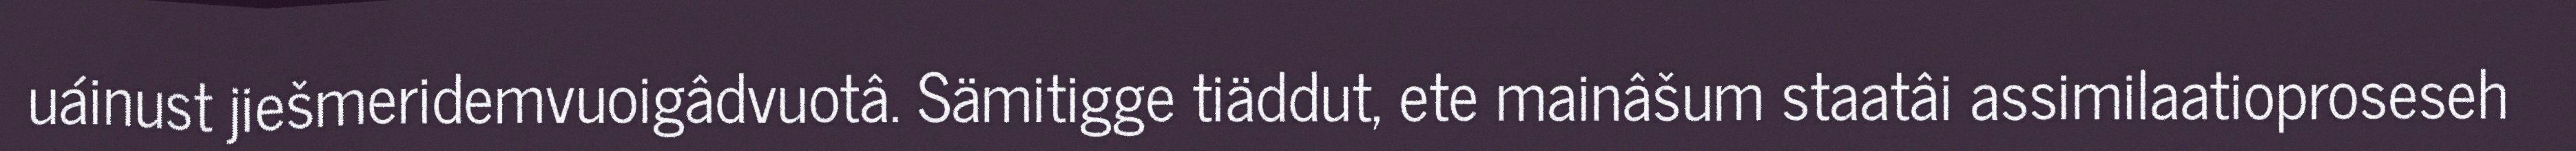
uáinust jiešmeridemvuoigâdvuotâ. Sämitigge tiäddut, ete mainâšum staatâi assimilaatioproseseh